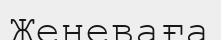
Женеваға